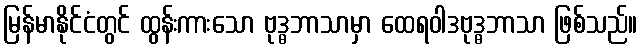
မြန်မာနိုင်ငံတွင် ထွန်းကားသော ဗုဒ္ဓဘာသာမှာ ထေရဝါဒဗုဒ္ဓဘာသာ ဖြစ်သည်။